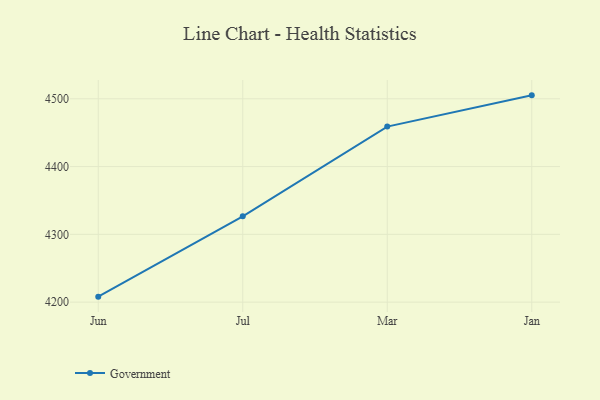
{"axis": {"x": "Month", "y": "Website Visitors"}, "legend": ["Government"], "data": [{"x": "Jun", "y": 4208.1, "type": "Government"}, {"x": "Jul", "y": 4326.7, "type": "Government"}, {"x": "Mar", "y": 4459.0, "type": "Government"}, {"x": "Jan", "y": 4505.1, "type": "Government"}]}